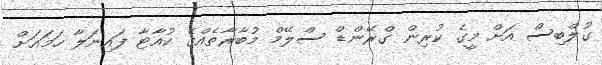
ގުލްބިސް އަށް މީގެ ކުރިން ގްރޭންޑް ސްލޭމް މުބާރާތެއްގެ ކުއާޓާ ފައިނަލާ ހަމައަށް